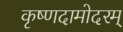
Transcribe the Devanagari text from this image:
कृष्णदामोदरम्